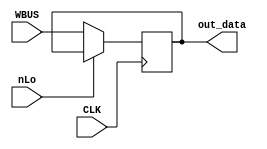
/**
* Ouput Register
*
* Input :
* CLK  = Clock
* nLo  = Load data from WBUS . (0 = Load)
* WBUS = To Data bus
*
* Output :
* out_data = Output data
*/
module out_register (
					output [7:0] out_data,
					input        CLK,
					input        nLo,
					input  [7:0] WBUS );

	parameter Zero_State = 8'b0000_0000;

	reg [7:0] out_reg;
  
	assign out_data = out_reg;

	initial begin
		out_reg <= Zero_State;
	end

	always @(posedge CLK) begin
	
		if(!nLo) out_reg <= WBUS;  // Load from WBUS
		
		else ; // Do Nothing
	end
endmodule